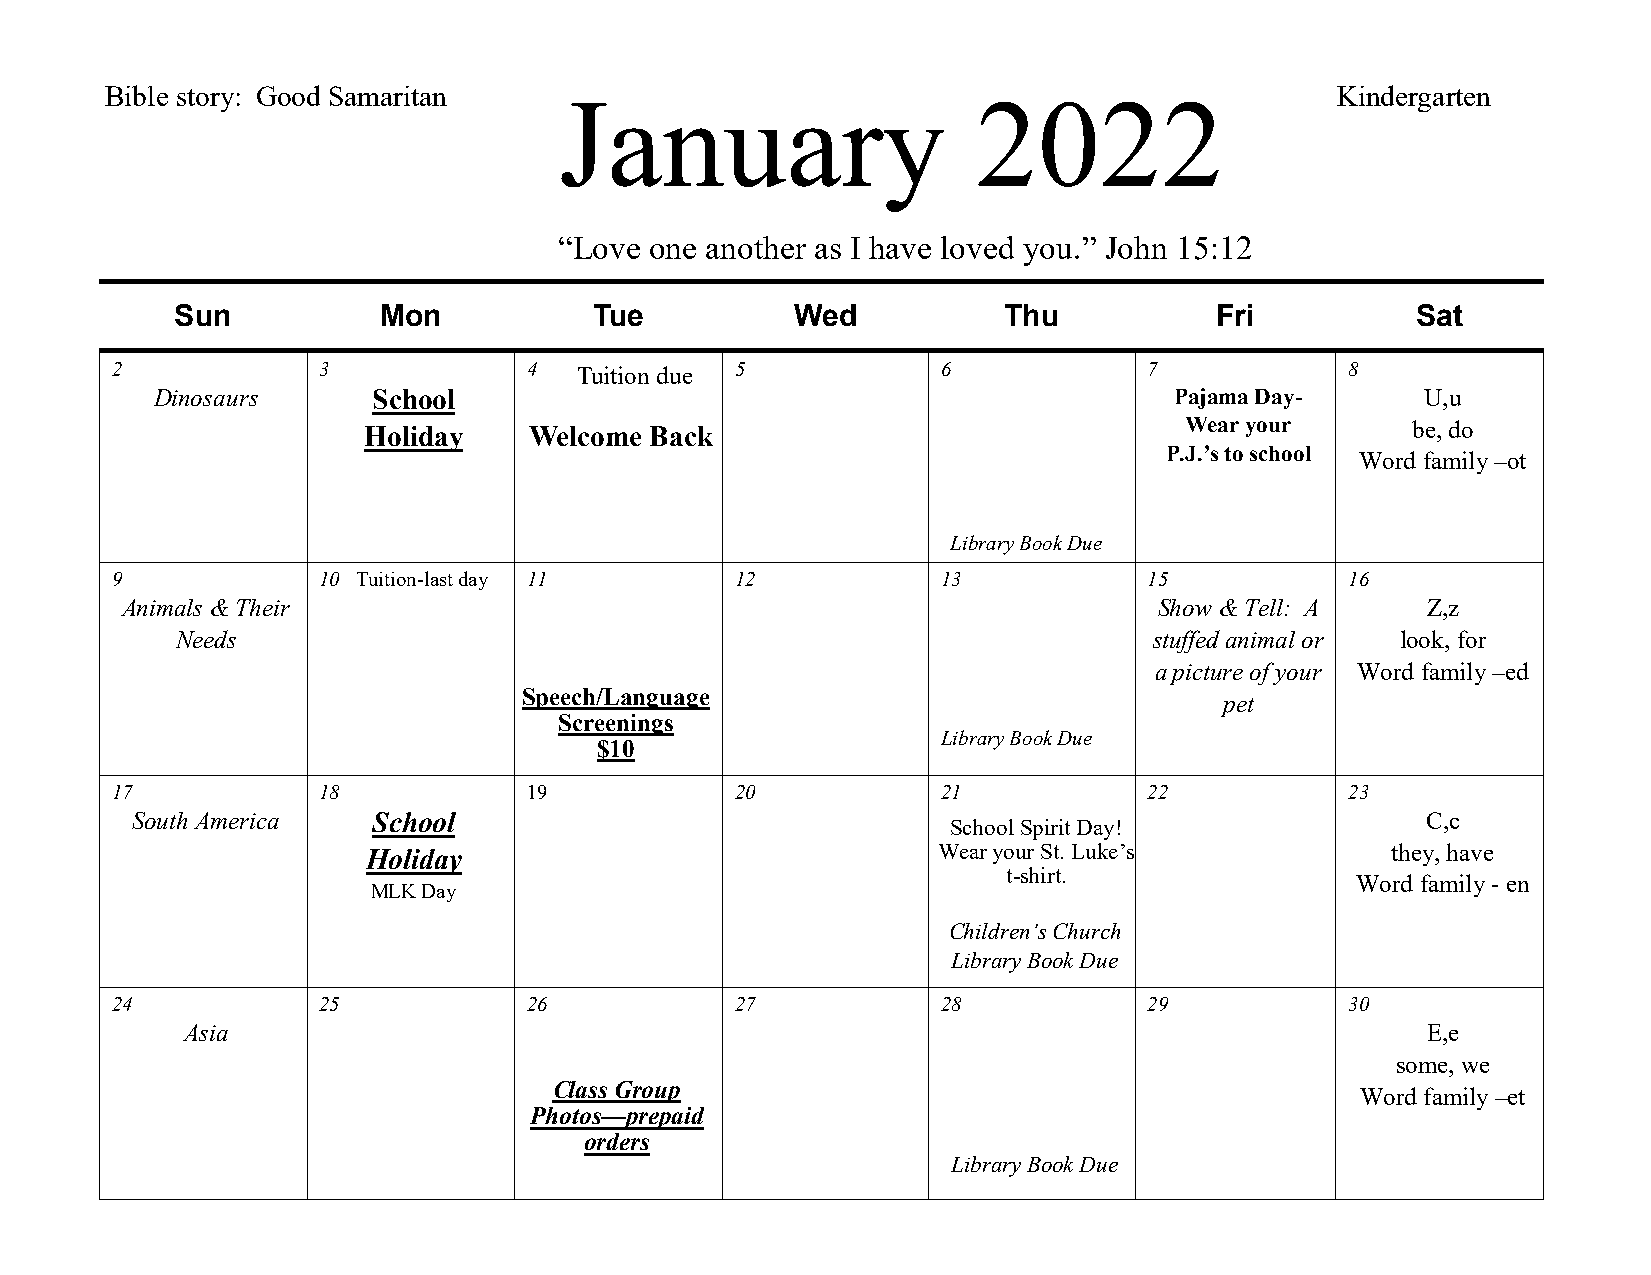
Bible story: Good Samaritan   January                     2022                   Kindergarten
 “Love one another as I have loved you.” John 15:12
 Sun          Mon           Tue           Wed          Thu           Fri           Sat
 2             3             4  Tuition due 5           6             7            8
 Dinosaurs      School                                               Pajama Day-     U,u
 Holiday    Welcome Back                               Wear your      be, do
 P.J.’s to school
 Word family –ot
 Library Book Due
 9             10 Tuition-last day 11      12           13            15           16
 Animals & Their                                                      Show & Tell: A   Z,z
 Needs                                                           stuffed animal or look, for
 a picture of your Word family –ed
 Speech/Language
 pet
 Screenings
 Library Book Due
 $10
 17            18            19            20           21            22           23
 South America   School                                                               C,c
 School Spirit Day!
 Holiday                               W ear your St. Luke’s         they, have
 t-sh irt.
 Word family - en
 MLK Day
 Children’s Church
 Library Book Due
 24            25            26            27           28            29           30
 Asia                                                                              E,e
 some, we
 Class Group
 Word family –et
 Photos—prepaid
 orders
 Library Book Due